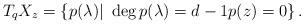
LaTeX: \begin{align*}T_qX_z=\left\{p(\lambda) \vert ~ \deg p(\lambda)=d-1 p(z)=0 \right\}.\end{align*}